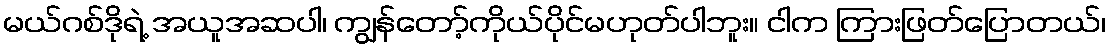
မယ်ဂစ်ဒိုရဲ့ အယူအဆပါ၊ ကျွန်တော့်ကိုယ်ပိုင်မဟုတ်ပါဘူး။ ငါက ကြားဖြတ်ပြောတယ်၊